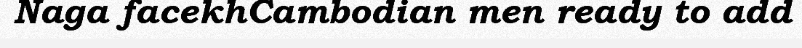
Naga facekhCambodian men ready to add